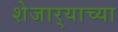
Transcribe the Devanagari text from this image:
शेजार्‍याच्या